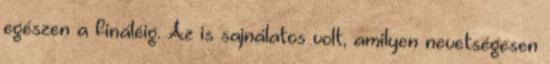
egészen a fináléig. Az is sajnálatos volt, amilyen nevetségesen